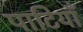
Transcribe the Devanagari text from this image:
पाटियाँ